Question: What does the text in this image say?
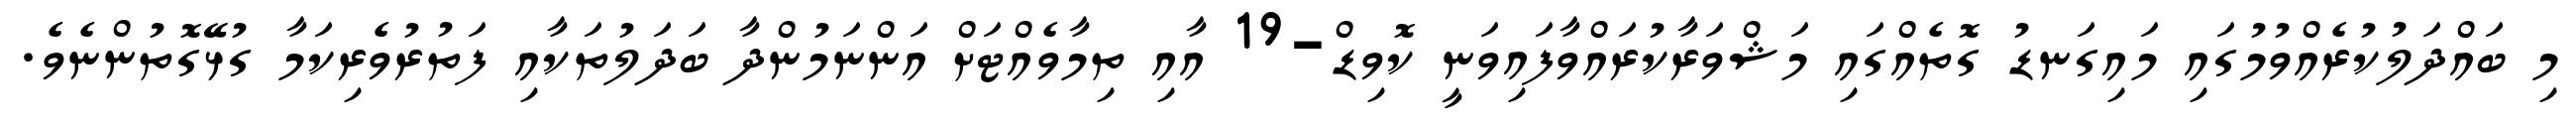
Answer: މި ބައްދަލުކުރެއްވުމުގައި މައިގަނޑު ގޮތެއްގައި މަޝްވަރާކުރައްވާފައިވަނީ ކޮވިޑް-19 އާއި ތިމާވެއްޓަށް އަންނަމުންދާ ބަދަލުތަކާއި ފަތުރުވެރިކަމާ ގުޅޭގޮތުންނެވެ.